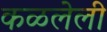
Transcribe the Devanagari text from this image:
कळलेली